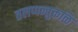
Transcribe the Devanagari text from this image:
तलप्पन्तुकळि